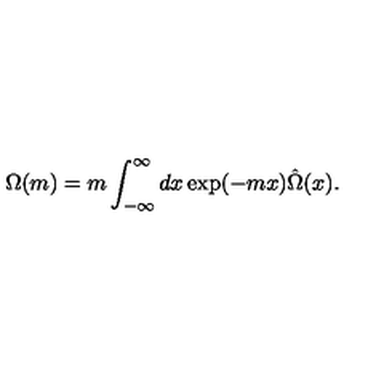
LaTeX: \Omega ( m ) = m \int _ { - \infty } ^ { \infty } d x \exp ( - m x ) \hat { \Omega } ( x ) .